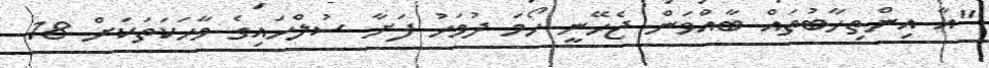
"އާ އިންތިހާބުތައް ބާއްވަން ޖެހޭނީ ހޯމަ ދުވަހު ފަށާ ސުލްހައިގެ ވާހަކަތަކަށް 18